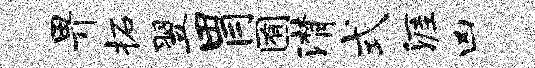
畀柘翌胃囿潸式涯凶